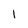
Character: 1